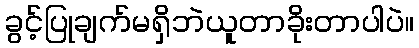
ခွင့်ပြုချက်မရှိဘဲယူတာခိုးတာပါပဲ။